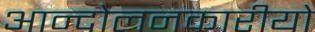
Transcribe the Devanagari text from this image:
आन्दोलनकारीयो